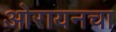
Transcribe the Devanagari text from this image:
ओरायनचा